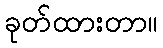
ခုတ်ထားတာ။